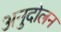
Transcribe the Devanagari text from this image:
अनुदोलन